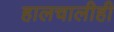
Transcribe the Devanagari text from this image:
हालचालीही